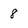
Character: 8